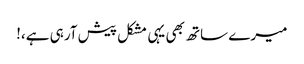
میرے ساتھ بھی یہی مشکل پیش آرہی ہے،!